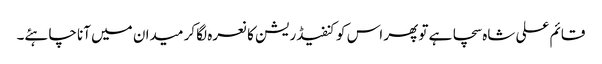
قائم علی شاہ سچا ہے تو پھر اس کو کنفیڈریشن کا نعرہ لگا کر میدان میں آنا چاہئے۔